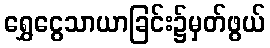
ရွှေငွေသာယာခြင်း၌မှတ်ဖွယ်